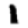
Digit: 1